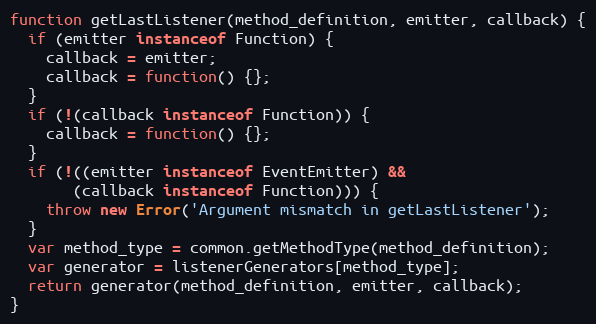
Language: JavaScript
function getLastListener(method_definition, emitter, callback) {
  if (emitter instanceof Function) {
    callback = emitter;
    callback = function() {};
  }
  if (!(callback instanceof Function)) {
    callback = function() {};
  }
  if (!((emitter instanceof EventEmitter) &&
       (callback instanceof Function))) {
    throw new Error('Argument mismatch in getLastListener');
  }
  var method_type = common.getMethodType(method_definition);
  var generator = listenerGenerators[method_type];
  return generator(method_definition, emitter, callback);
}